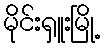
မိုင်းရှူးမြို့